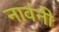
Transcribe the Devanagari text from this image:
नावंनी